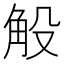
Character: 𧣇